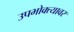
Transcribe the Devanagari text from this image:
उपभोक्त्यावर